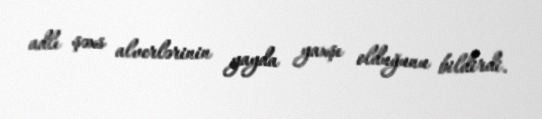
adlı şəxs alverlərinin yayda yaxşı olduğunu bildirdi.